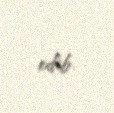
edib.